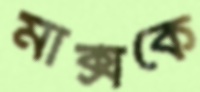
মার্ক্সকে